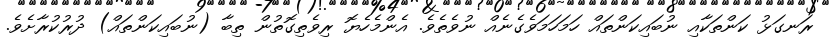
ރަނގަޅު ކަންތަކާއި ނުބައިކަންތައް ހަމަހަމަވެގެނެއް ނުވެތެވެ. އެންމެހެޔޮ ރިވެތިގޮތުން ތިބާ (ނުބައިކަންތައް) ދުރުކުރާށެވެ.